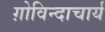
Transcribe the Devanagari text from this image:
ग़ोविन्दाचार्य